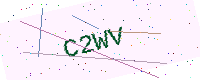
Text: C2WV